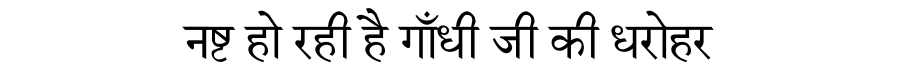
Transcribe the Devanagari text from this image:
नष्ट हो रही है गाँधी जी की धरोहर